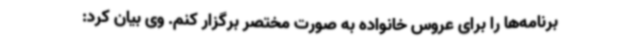
برنامه‌ها را برای عروس خانواده به صورت مختصر برگزار کنم. وی بیان کرد: